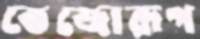
তেজোরূপ